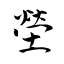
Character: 塋